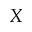
X